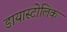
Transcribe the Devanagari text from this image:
डायास्टोलिक